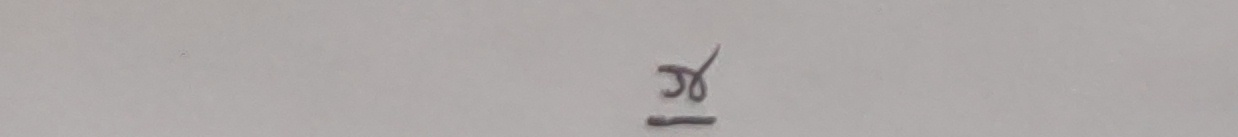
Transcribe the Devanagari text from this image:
ज्ञ